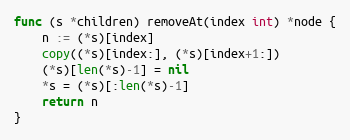
Language: Go
func (s *children) removeAt(index int) *node {
	n := (*s)[index]
	copy((*s)[index:], (*s)[index+1:])
	(*s)[len(*s)-1] = nil
	*s = (*s)[:len(*s)-1]
	return n
}